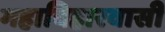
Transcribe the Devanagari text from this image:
महाविहारवासी